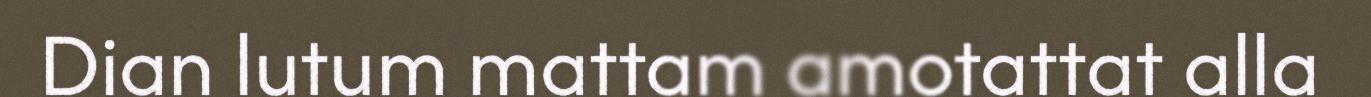
Dian lutum mattam amotattat alla